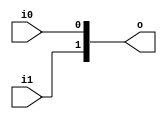

module merger # (
    parameter WIDTH = 2
) (
    input wire i0,
    input wire i1,
    output wire[WIDTH-1:0] o
);

    assign o[0] = i0;
    assign o[1] = i1;

endmodule